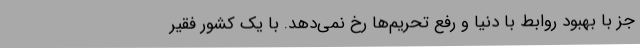
جز با بهبود روابط با دنیا و رفع تحریم‌ها رخ نمی‌دهد. با یک کشور فقیر